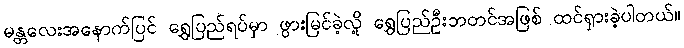
မန္တလေးအနောက်ပြင် ရွှေပြည်ရပ်မှာ ဖွားမြင်ခဲ့လို့ ရွှေပြည်ဦးဘတင်အဖြစ် ထင်ရှားခဲ့ပါတယ်။